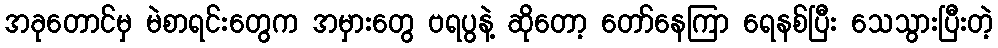
အခုတောင်မှ မဲစာရင်းတွေက အမှားတွေ ဗရပွနဲ့ ဆိုတော့ တော်နေကြာ ရေနစ်ပြီး သေသွားပြီးတဲ့